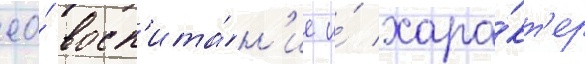
ео́ восп'ита́н'ие и́ хара́кт'ер